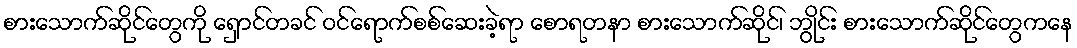
စားသောက်ဆိုင်တွေကို ရှောင်တခင် ဝင်ရောက်စစ်ဆေးခဲ့ရာ စောရတနာ စားသောက်ဆိုင်၊ ဘွိုင်း စားသောက်ဆိုင်တွေကနေ